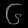
Digit: ၆